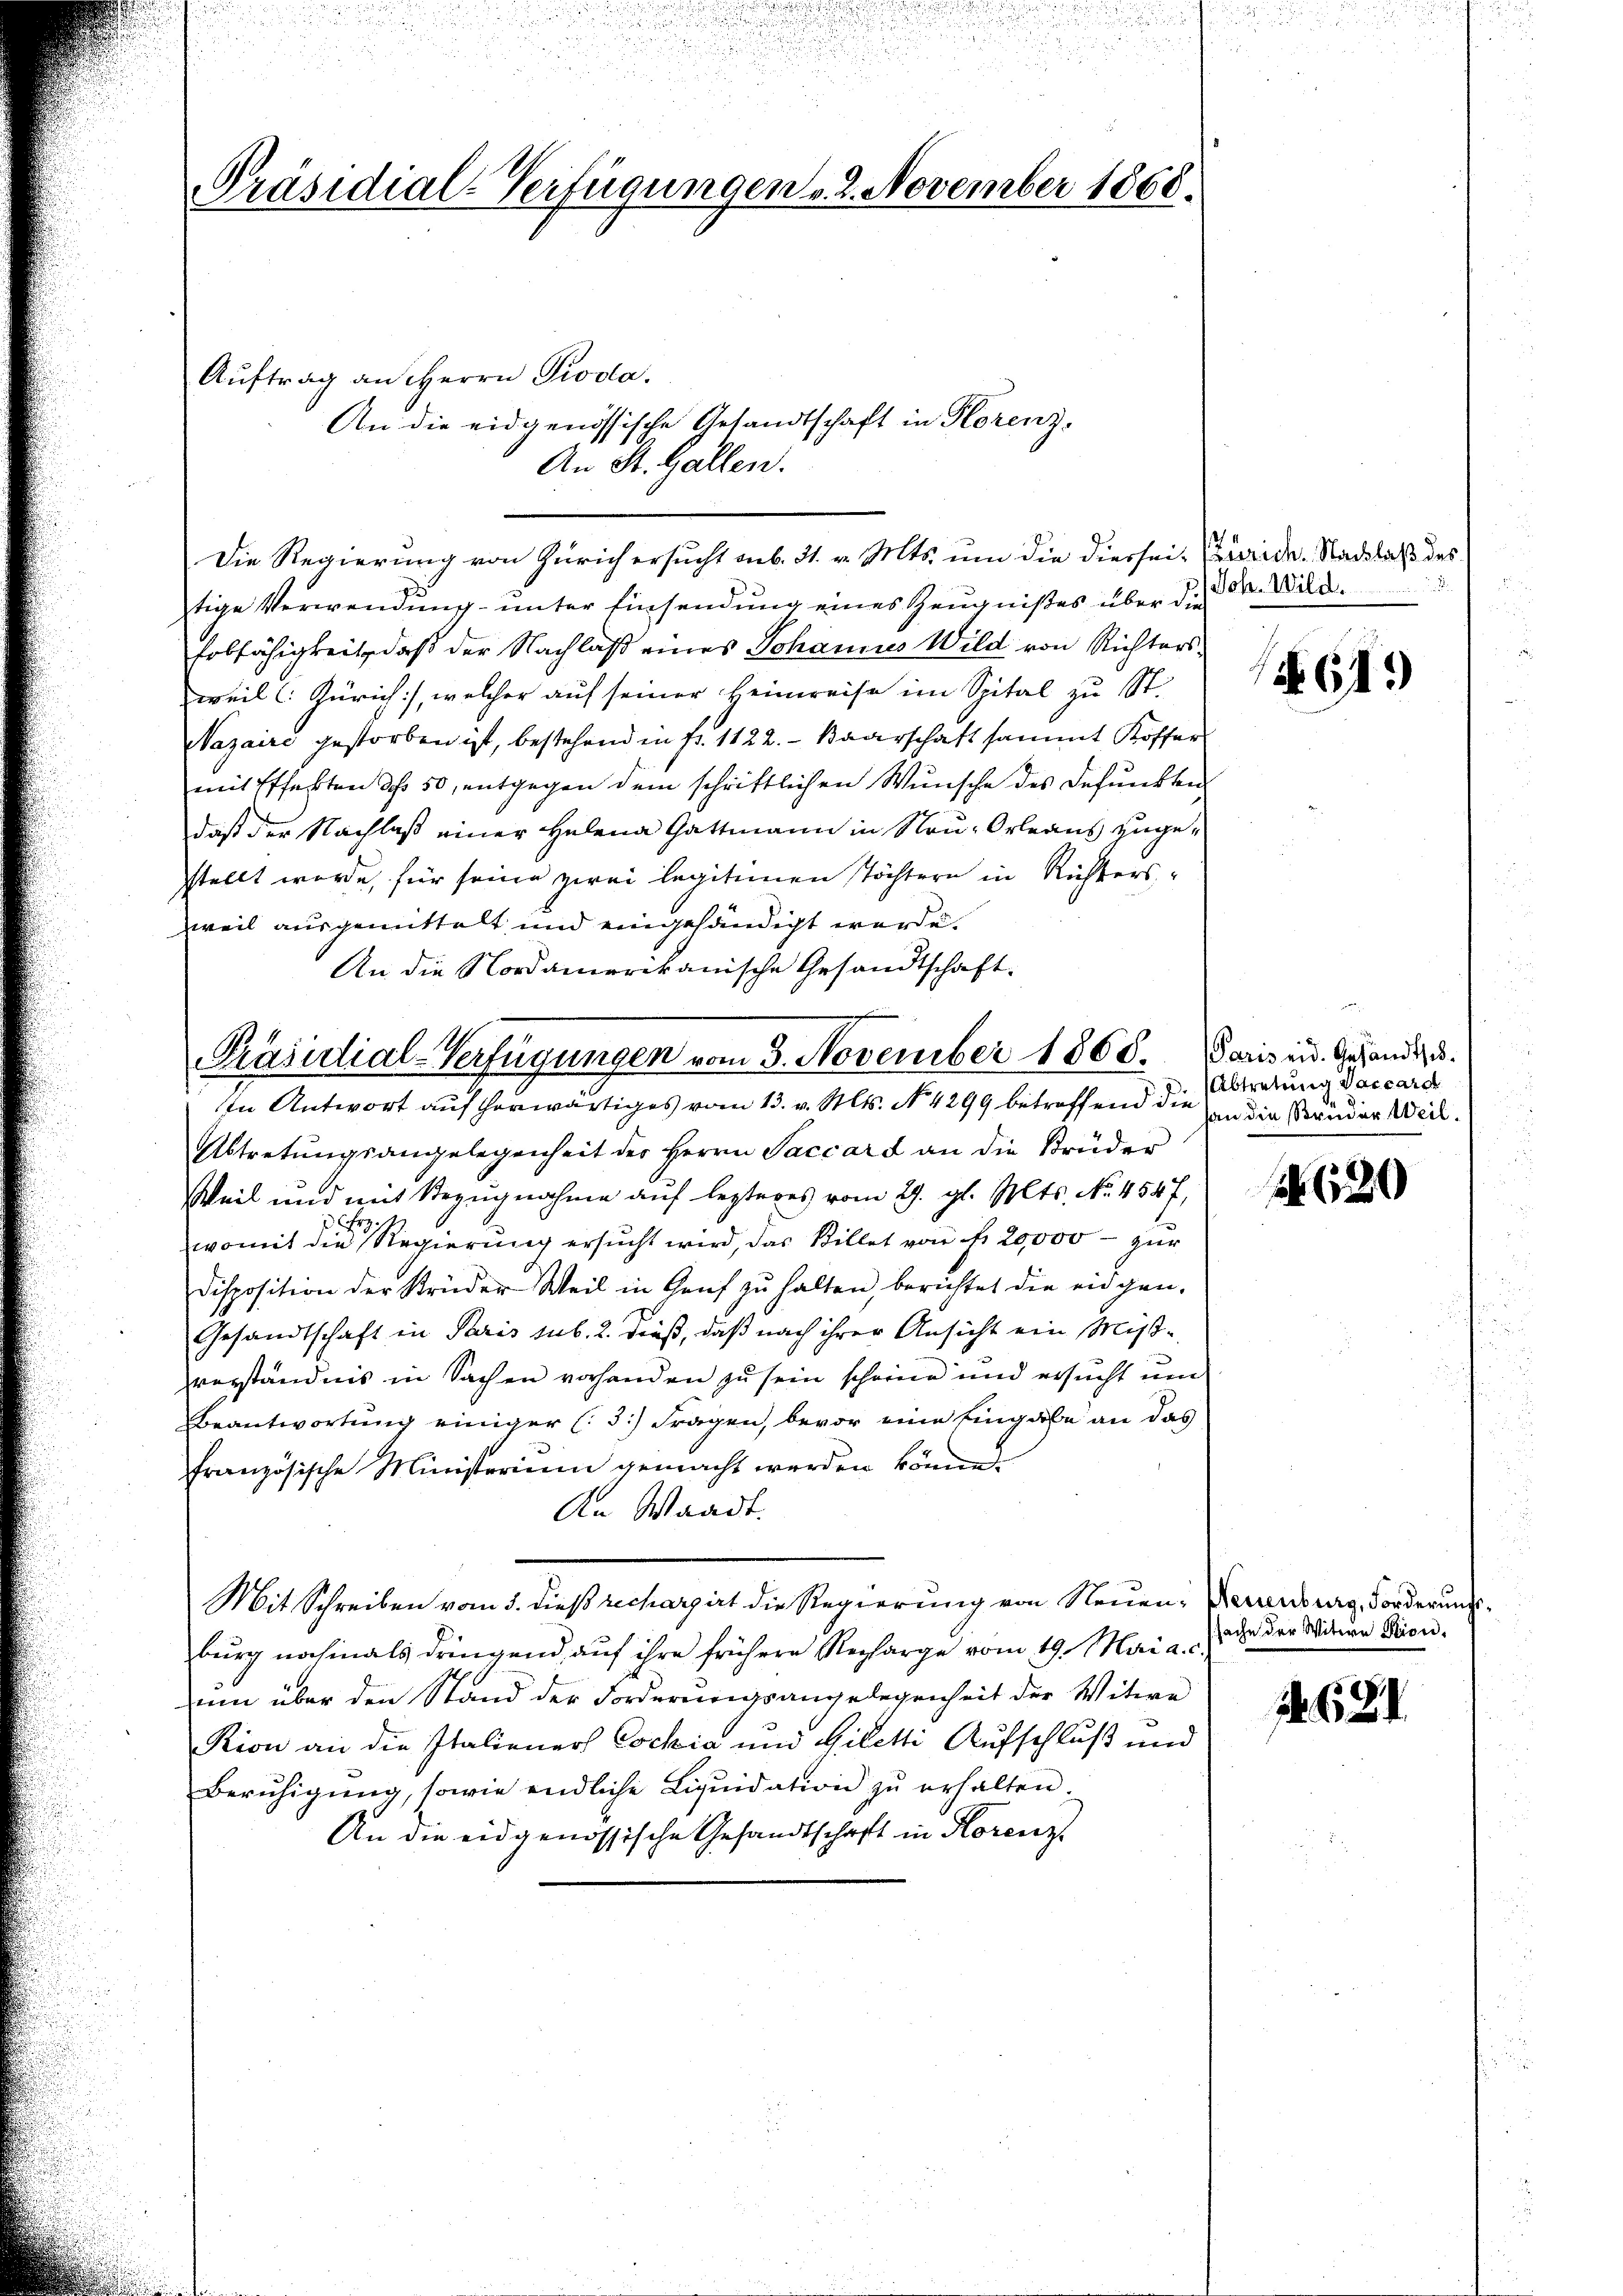
Präsidial-Verfügungen v. 2. November 1868.

Die Regierung von Zürich ersucht sub. 31. v. Mts. um die Dierseit (Zürich-Nadslaß des
tige Verwendung unter Einsendung eines Zeugnißes über die
Erbfähigkeit, daß der Nachlaß eines Johannes Wild von Richtersweil l. Zürich), welcher auf seiner Heimreise im Spital zu St.
Nazaire gestorben ist, bestehend in fr. 1122. - Baarschaft sammt Koffer
mit Pffaften dch 50, entgegen dem schriftlichen Wünsche des defunkten
daß der Nachlaß einer Helena Gattmann in Neu-Orleaus zugestellt wurde, für seine zwei legitimen stöchtern in Richtersweil ausgemittelt und eingehändigt werde.
An die Nordamerikanische Gesandtschaft.

Auftrag an Herrn Pioda.

An die eidgenössische Gesandtschaft in Florenz,
An St. Gallen.

Prasistial-Verfügungen vom 3. November 1868.

Joh. Wild.

in Antwort auf herwärtiges vom 13. v. Mts. No. 4299 betreffend die
Abtretŭngsangelegenheit der Herrn Saccard an die Brüder
Weil und mit Bezugnahme auf lezteres vom 27. gl. Mts. No. 4547,
2
womit die Regierung ersucht wird, das Billet von fr. 20,000 - zur
Disposition der Brüder Weil in Genf zŭ halten, berichtet die eidgen.
Gesandtschaft in Paris sub. 2. dieß, daß nach ihrer Ansicht ein Mißverständnis in Sachen vorhanden zu sein scheine und ersŭcht ŭm
Beantwortung einiger (3.) Fragen, bevor eine Eingabe an das
französische Ministerium gemacht werden könne.
An Waadt.
Mit Schreiben vom 5. dieß rechargirt die Regierung von Neuen- Veranburg, Forderungsburg nochmals dringend auf ihre frühere Recharge vom 19. Mai a. c.
um über den Stand der Forderungsangelegenheit der Witwe
Kion an die Italiener Cochia und Giletti Aufschluß und
Berŭhigŭng, sowie endliche Liqŭidation zŭ erhalten.
An die eidgenössische Gesandtschaft in Horenz

61.)

Paris eid. Gesandtsch.
Abtretung Vaccard
han die Bruder Weil.

1620

sache der Witwe Ption.

14. 631.